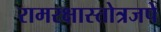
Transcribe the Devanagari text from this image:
रामरक्षास्तोत्रजपे